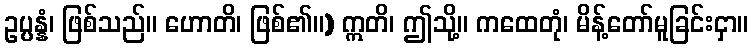
ဥပ္ပန္နံ၊ ဖြစ်သည်။ ဟောတိ၊ ဖြစ်၏။) ဣတိ၊ ဤသို့။ ကထေတုံ၊ မိန့်တော်မူခြင်းငှာ။